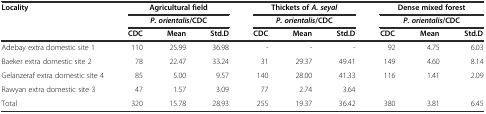
<table><thead><tr><td rowspan="3"><b>Locality</b></td><td colspan="3"><b>Agricultural field</b></td><td colspan="3"><b>Thickets of <i>A. seyal</i></b></td><td colspan="3"><b>Dense mixed forest</b></td></tr><tr><td colspan="3"><b><i>P. orientalis</i>/CDC</b></td><td colspan="3"><b><i>P. orientalis</i>/CDC</b></td><td colspan="3"><b><i>P. orientalis</i>/CDC</b></td></tr><tr><td><b>CDC</b></td><td><b>Mean</b></td><td><b>Std.D</b></td><td><b>CDC</b></td><td><b>Mean</b></td><td><b>Std.D</b></td><td><b>CDC</b></td><td><b>Mean</b></td><td><b>Std.D</b></td></tr></thead><tbody><tr><td>Adebay extra domestic site 1</td><td>110</td><td>25.99</td><td>36.98</td><td>-</td><td>-</td><td>-</td><td>92</td><td>4.75</td><td>6.03</td></tr><tr><td>Baeker extra domestic site 2</td><td>78</td><td>22.47</td><td>33.24</td><td>31</td><td>29.37</td><td>49.41</td><td>149</td><td>4.60</td><td>8.14</td></tr><tr><td>Gelanzeraf extra domestic site 4</td><td>85</td><td>5.00</td><td>9.57</td><td>140</td><td>28.00</td><td>41.33</td><td>116</td><td>1.41</td><td>2.09</td></tr><tr><td>Rawyan extra domestic site 3</td><td>47</td><td>1.57</td><td>3.09</td><td>77</td><td>2.74</td><td>3.64</td><td>[EMPTY_CELL]</td><td>[EMPTY_CELL]</td><td>[EMPTY_CELL]</td></tr><tr><td>Total</td><td>320</td><td>15.78</td><td>28.93</td><td>255</td><td>19.37</td><td>36.42</td><td>380</td><td>3.81</td><td>6.45</td></tr></tbody></table>